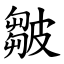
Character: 皺